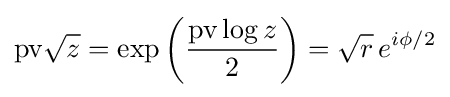
\mathrm {pv} {\sqrt {z}}=\exp \left({\frac {\mathrm {pv} \log z}{2}}\right)={\sqrt {r}}\,e^{i\phi /2}